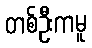
တစ်ဦးကမူ